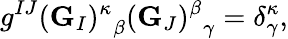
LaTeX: g^{IJ}{({\mathbf G}_{I})^{\kappa}}_{\beta}{({\mathbf G}_{J})^{\beta}}_{\gamma}=\delta_{\gamma}^{\kappa},